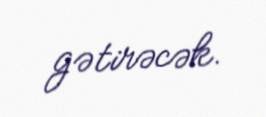
gətirəcək.